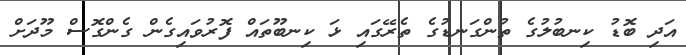
އަދި ބޮޑު ކިނބުލުގެ ތުންގަނޑުގެ ތެރޭގައި ޅަ ކިނބޫތައް ފޮރުވައިގެން ގެންގޮސް މޫދަށް